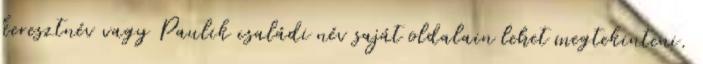
keresztnév vagy Paulik családi név saját oldalain lehet megtekinteni.